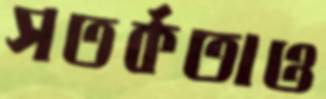
সতর্কতাও